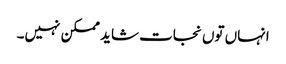
انہاں توں نجات شاید ممکن نہیں۔